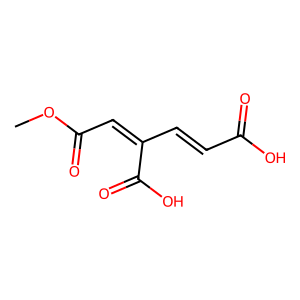
SMILES: COC(=O)C=C(C=CC(=O)O)C(=O)O
Inhibits HIV replication: No